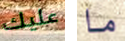
عليك ما